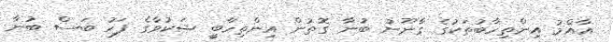
އާއްމު އިންތިހާބުތަކުގެ ގާނޫނު ބުނާ ގޮތުން އިންތިހާބީ ޝަކުވާގެ ފަހު ބަސް ބުނާ